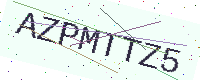
Text: AZPMTTZ5